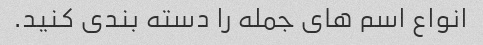
انواع اسم های جمله را دسته بندی کنید.